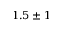
1 . 5 \pm 1